Indian journal of veterinary science and animal husbandry - Volume 1,
Year: 1931
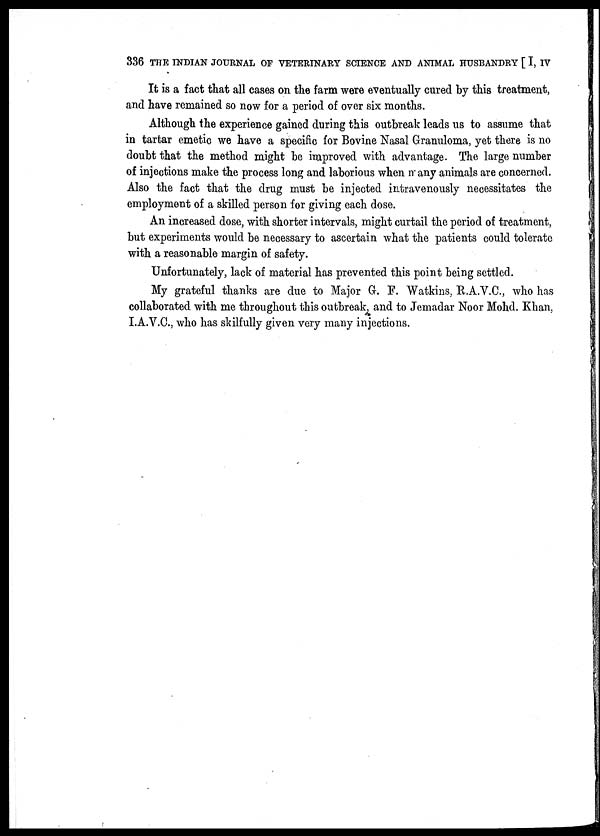
336 THE INDIAN JOURNAL OF VETERINARY SCIENCE AND ANIMAL HUSBANDRY [ I, IV
It is a fact that all cases on the farm were eventually cured by this treatment,
and have remained so now for a period of over six months.
Although the experience gained during this outbreak leads us to assume that
in tartar emetic we have a specific for Bovine Nasal Granuloma, yet there is no
doubt that the method might be improved with advantage. The large number
of injections make the process long and laborious when many animals are concerned.
Also the fact that the drug must be injected intravenously necessitates the
employment of a skilled person for giving each dose.
An increased dose, with shorter intervals, might curtail the period of treatment,
but experiments would be necessary to ascertain what the patients could tolerate
with a reasonable margin of safety.
Unfortunately, lack of material has prevented this point being settled.
My grateful thanks are due to Major G. F. Watkins, R.A.V.C., who has
collaborated with me throughout this outbreak, and to Jemadar Noor Mohd. Khan,
I.A.V.C, who has skilfully given very many injections.